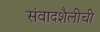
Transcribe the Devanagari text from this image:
संवादशैलीची